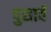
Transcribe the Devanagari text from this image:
पुसावें